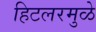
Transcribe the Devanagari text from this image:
हिटलरमुळे